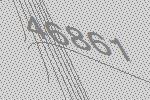
46861